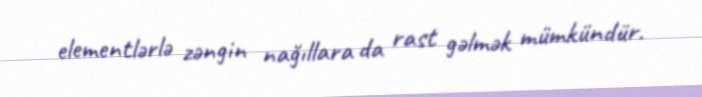
elementlərlə zəngin nağıllara da rast gəlmək mümkündür.